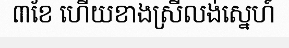
៣ខែ ហើយខាងស្រីលង់ស្នេហ៍